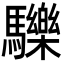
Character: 𩧂